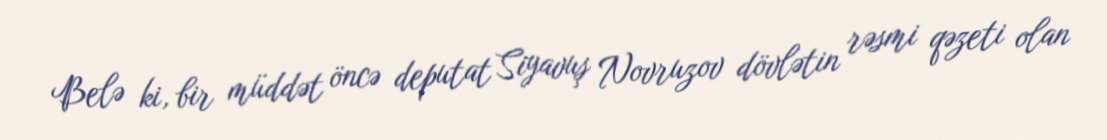
Belə ki, bir müddət öncə deputat Siyavuş Novruzov dövlətin rəsmi qəzeti olan